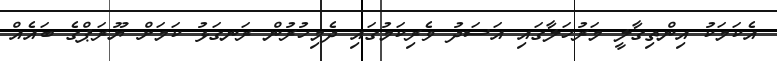
އެކަމަކު އިންތިގާލީ މަރުހަލާގައި އަސަދު ވެރިކަމުގައި ދެމިހުރުން ރަނގަޅު ކަމަށް ޔޫރަޕްގެ ބައެއް